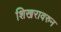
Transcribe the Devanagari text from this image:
शिखरावरुन